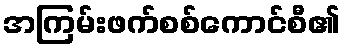
အကြမ်းဖက်စစ်ကောင်စီ၏